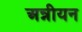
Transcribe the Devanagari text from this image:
अन्नीयन